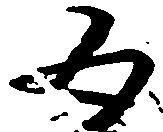
五